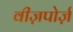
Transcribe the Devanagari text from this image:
वीज़पोर्ज़